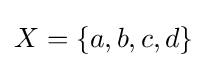
X=\{a,b,c,d\}